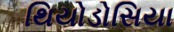
થિયોડોસિયા